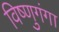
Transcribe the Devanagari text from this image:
विष्णुगंगा